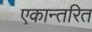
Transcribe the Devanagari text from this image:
एकान्तरित